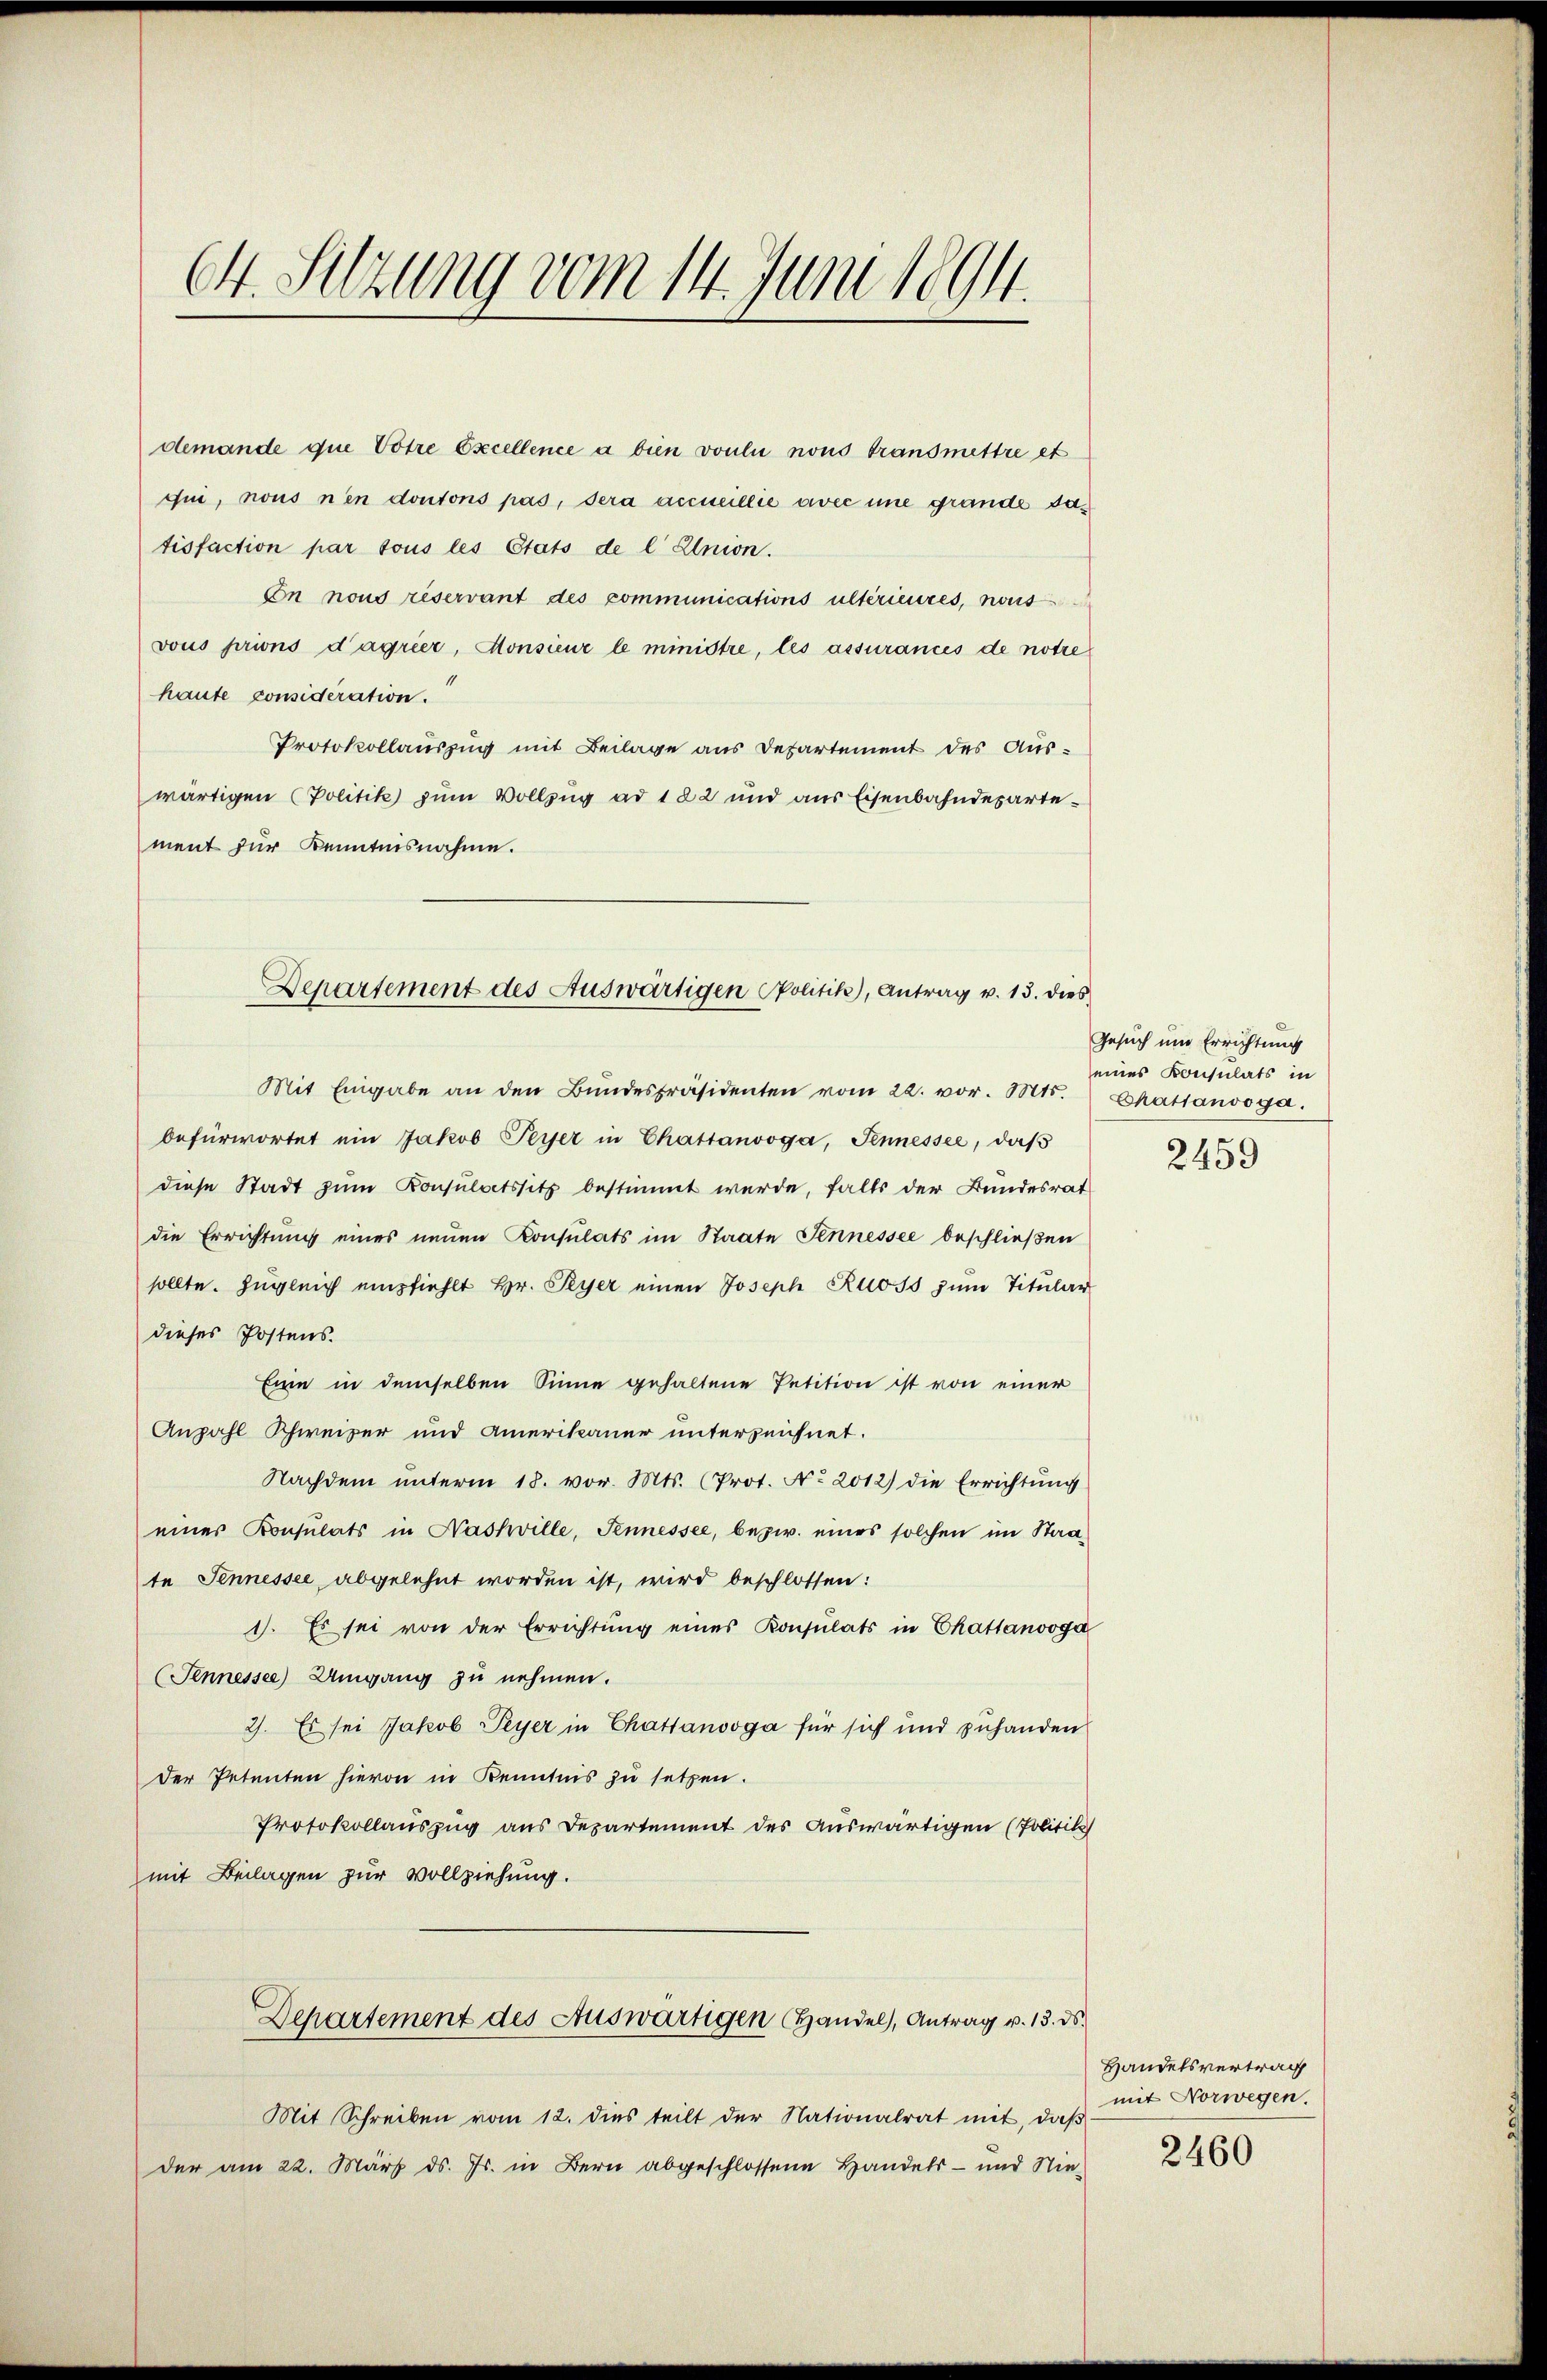
64. Sitzung vom 14. Juni 1894.

demande que Votre Excellence a bien voulii nous transmettre et
qui, nous nen dontons pas, sera accueillie avec une grande das
tisfaction par tous les Etats de l Elnion.
Cn nous reservant des communications ultérieures, nous
vous prions d’agrier, Monsieur le ministre, les assurances de notre
haute considération.
Protokollauszug mit Beilage aus Departement des Auswärtigen (Politik zum Vollzug ad 122 und aus Eisenbahndepartement für Kenntnisnahme.
Mit Eingabe an den Bŭndespräsidenten vom 22. vor. Mts.
befürwortet ein Jakob Peyer in Chattanvoga, Fennessee, daβ
diese Stadt zum Consulatssitz bestimmt werde, falls der Bundesrat
die Errichtung eines neuen Konsulats im Staate Sennessee beschließen
sollte. Zŭgleich empfiehlt Hr. Peyer einen Joseph Ross zŭm Titular
dieses Postens.
Eine in demselben Sinne gehaltene Petition ist von einer
Anzahl Schweizer und Amerikaner unterzeichnet.
Nachdem unterm 18. vor. Mts. (Prot. No 2012) die Errichtung
einer Konsulats in Nashville, Sennessee, bezw. eines solchen im Staate Sennessee abgelehnt worden ist, wird beschlossen:
1). Es sei von der Errichtŭng eines Konsulats in Chattenvoga
(Tennessee) Umgang zu nehmen.
2). Es sei Jakob Peyer in Chattanooga für sich und zuhanden
der Petenten hievon in Kenntnis zu setzen.
Protokollauszug aus Departement des auswärtigen (Politik
mit Beilagen zur Vollziehung.
Departement des Auswärtigen Handel, Antrag v. 13. ds.
Mit Schreiben vom 12. dies teilt der Nationalrat mit, daß
der am 22. März d. Js. in Bern abgeschlossene Handels- und Nie-

Departement des Auswärtigen Politik), Antrag v. 13. dies

Gesuch und Errichtung
eines Konsulats in
Chatsanooga.
2459

Handelsvertrag
mit Vorwegen.

2460